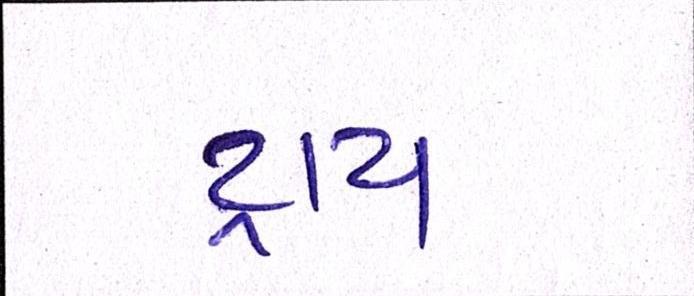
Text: ટ્રાય